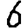
Digit: 6